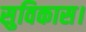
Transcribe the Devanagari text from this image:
सुविकास।